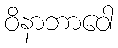
ဝိနာဘာဝေါ